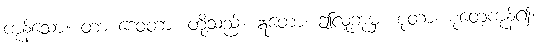
ကုန်သော။ တာ ဒေဝတာ၊ တို့သည်။ ဣတော၊ ဤလူ့ဘုံမှ။ စုတာ၊ စုတေ့ကုန်၍။